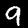
Digit: 9